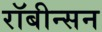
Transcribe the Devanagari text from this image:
रॉबीन्सन